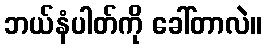
ဘယ်နံပါတ်ကို ခေါ်တာလဲ။